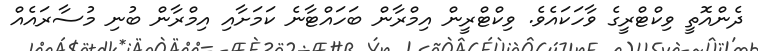
ދެންއޮތީ ވިކްޓްރީގެ ވާހަކައެވެ. ވިކްޓްރީން އިމްރާން ބަހައްޓާނެ ކަމަށާއި އިމްރާން ބުނި މުސާރައެއް